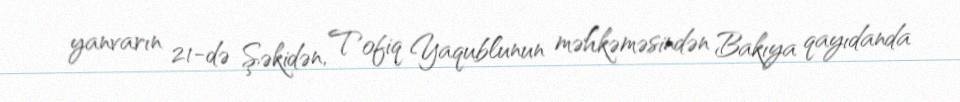
yanvarın 21-də Şəkidən, Tofiq Yaqublunun məhkəməsindən Bakıya qayıdanda